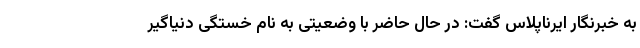
به خبرنگار ایرناپلاس گفت: در حال حاضر با وضعیتی به نام خستگیِ دنیاگیر